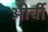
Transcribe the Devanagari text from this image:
ओर्ची